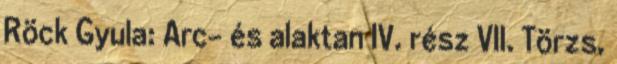
Röck Gyula: Arc- és alaktan IV. rész VII. Törzs,